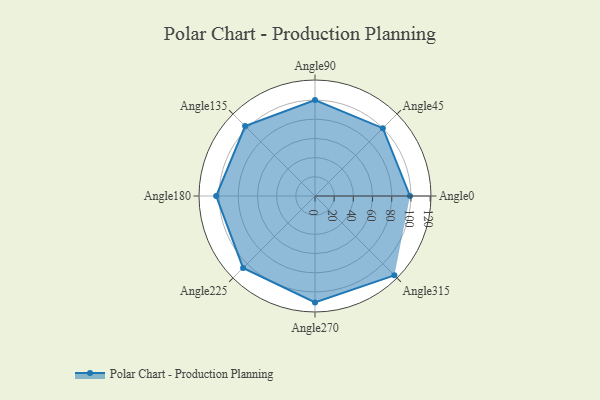
{"axis": {"x": "Angle", "y": "Radius"}, "legend": [""], "data": [{"x": "Angle0", "y": 99.0, "type": ""}, {"x": "Angle45", "y": 100.0, "type": ""}, {"x": "Angle90", "y": 100.0, "type": ""}, {"x": "Angle135", "y": 103.0, "type": ""}, {"x": "Angle180", "y": 103.0, "type": ""}, {"x": "Angle225", "y": 106.0, "type": ""}, {"x": "Angle270", "y": 111.0, "type": ""}, {"x": "Angle315", "y": 117.0, "type": ""}]}